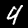
Label: 4